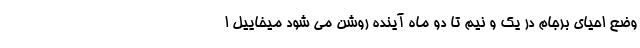
وضع احیای برجام در یک و نیم تا دو ماه آینده روشن می شود میخاییل ا